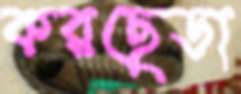
করছেডা